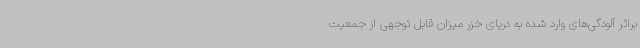
براثر آلودگی‌های وارد شده به دریای خزر میزان قابل توجهی از جمعیت